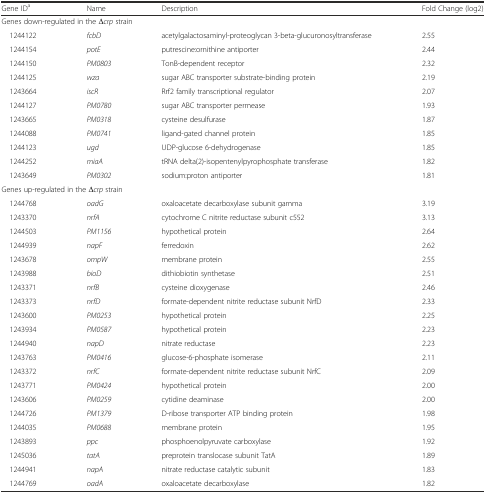
<table><thead><tr><td><b>Gene ID<sup>a</sup></b></td><td><b>Name</b></td><td><b>Description</b></td><td><b>Fold Change (log2)</b></td></tr></thead><tbody><tr><td colspan="4">Genes down-regulated in the Δ<i>crp</i> strain</td></tr><tr><td> 1244122</td><td><i>fcbD</i></td><td>acetylgalactosaminyl-proteoglycan 3-beta-glucuronosyltransferase</td><td>2.55</td></tr><tr><td> 1244154</td><td><i>potE</i></td><td>putrescine:ornithine antiporter</td><td>2.44</td></tr><tr><td> 1244150</td><td><i>PM0803</i></td><td>TonB-dependent receptor</td><td>2.32</td></tr><tr><td> 1244125</td><td><i>wza</i></td><td>sugar ABC transporter substrate-binding protein</td><td>2.19</td></tr><tr><td> 1243664</td><td><i>iscR</i></td><td>Rrf2 family transcriptional regulator</td><td>2.07</td></tr><tr><td> 1244127</td><td><i>PM0780</i></td><td>sugar ABC transporter permease</td><td>1.93</td></tr><tr><td> 1243665</td><td><i>PM0318</i></td><td>cysteine desulfurase</td><td>1.87</td></tr><tr><td> 1244088</td><td><i>PM0741</i></td><td>ligand-gated channel protein</td><td>1.85</td></tr><tr><td> 1244123</td><td><i>ugd</i></td><td>UDP-glucose 6-dehydrogenase</td><td>1.85</td></tr><tr><td> 1244252</td><td><i>miaA</i></td><td>tRNA delta(2)-isopentenylpyrophosphate transferase</td><td>1.82</td></tr><tr><td> 1243649</td><td><i>PM0302</i></td><td>sodium:proton antiporter</td><td>1.81</td></tr><tr><td colspan="4">Genes up-regulated in the Δ<i>crp</i> strain</td></tr><tr><td> 1244768</td><td><i>oadG</i></td><td>oxaloacetate decarboxylase subunit gamma</td><td>3.19</td></tr><tr><td> 1243370</td><td><i>nrfA</i></td><td>cytochrome C nitrite reductase subunit c552</td><td>3.13</td></tr><tr><td> 1244503</td><td><i>PM1156</i></td><td>hypothetical protein</td><td>2.64</td></tr><tr><td> 1244939</td><td><i>napF</i></td><td>ferredoxin</td><td>2.62</td></tr><tr><td> 1243678</td><td><i>ompW</i></td><td>membrane protein</td><td>2.55</td></tr><tr><td> 1243988</td><td><i>bioD</i></td><td>dithiobiotin synthetase</td><td>2.51</td></tr><tr><td> 1243371</td><td><i>nrfB</i></td><td>cysteine dioxygenase</td><td>2.46</td></tr><tr><td> 1243373</td><td><i>nrfD</i></td><td>formate-dependent nitrite reductase subunit NrfD</td><td>2.33</td></tr><tr><td> 1243600</td><td><i>PM0253</i></td><td>hypothetical protein</td><td>2.25</td></tr><tr><td> 1243934</td><td><i>PM0587</i></td><td>hypothetical protein</td><td>2.23</td></tr><tr><td> 1244940</td><td><i>napD</i></td><td>nitrate reductase</td><td>2.23</td></tr><tr><td> 1243763</td><td><i>PM0416</i></td><td>glucose-6-phosphate isomerase</td><td>2.11</td></tr><tr><td> 1243372</td><td><i>nrfC</i></td><td>formate-dependent nitrite reductase subunit NrfC</td><td>2.09</td></tr><tr><td> 1243771</td><td><i>PM0424</i></td><td>hypothetical protein</td><td>2.00</td></tr><tr><td> 1243606</td><td><i>PM0259</i></td><td>cytidine deaminase</td><td>2.00</td></tr><tr><td> 1244726</td><td><i>PM1379</i></td><td>D-ribose transporter ATP binding protein</td><td>1.98</td></tr><tr><td> 1244035</td><td><i>PM0688</i></td><td>membrane protein</td><td>1.95</td></tr><tr><td> 1243893</td><td><i>ppc</i></td><td>phosphoenolpyruvate carboxylase</td><td>1.92</td></tr><tr><td> 1245036</td><td><i>tatA</i></td><td>preprotein translocase subunit TatA</td><td>1.89</td></tr><tr><td> 1244941</td><td><i>napA</i></td><td>nitrate reductase catalytic subunit</td><td>1.83</td></tr><tr><td> 1244769</td><td><i>oadA</i></td><td>oxaloacetate decarboxylase</td><td>1.82</td></tr></tbody></table>